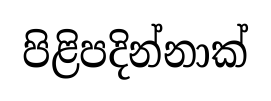
පිළිපදින්නාක්